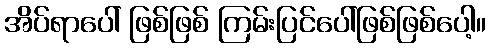
အိပ်ရာပေါ် ဖြစ်ဖြစ် ကြမ်းပြင်ပေါ်ဖြစ်ဖြစ်ပေါ့။